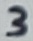
Text: 3